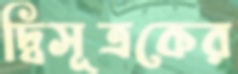
দ্বিসূত্রকের